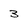
Character: 3